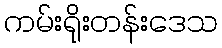
ကမ်းရိုးတန်းဒေသ